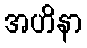
အဟိနာ